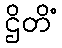
ဌိတိံ